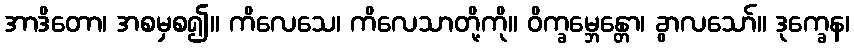
အာဒိတော၊ အစမှစ၍။ ကိလေသေ၊ ကိလေသာတို့ကို။ ဝိက္ခမ္ဘေန္တော၊ ခွာလသော်။ ဒုက္ခေန၊